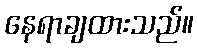
နေရာချထားသည်။